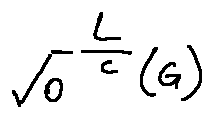
\sqrt { o } ^ { \frac { L } { c } } ( G )